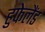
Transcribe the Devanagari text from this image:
हुफेलैंड